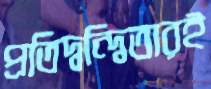
প্রতিদ্বন্দ্বিতারই